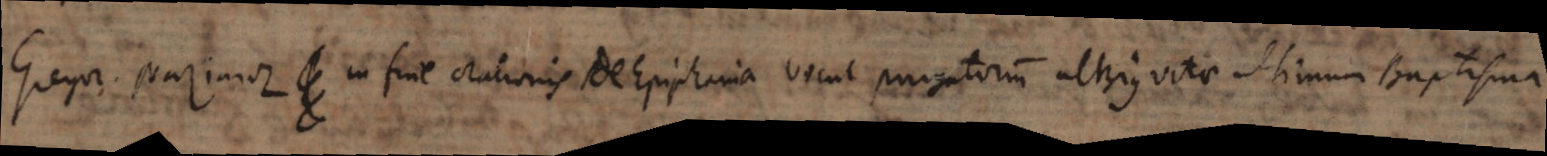
Gregor. Nazianz. in fine orationis de Epiphania vocat purgatorium alterius vitae ultimum Baptisma.